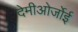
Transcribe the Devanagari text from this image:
देमीओर्जोई